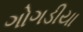
ગોગડીયા